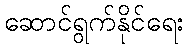
ဆောင်ရွက်နိုင်ရေး